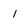
Character: 1